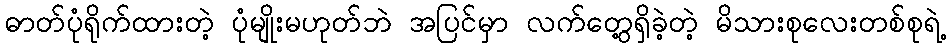
ဓာတ်ပုံရိုက်ထားတဲ့ ပုံမျိုးမဟုတ်ဘဲ အပြင်မှာ လက်တွေ့ရှိခဲ့တဲ့ မိသားစုလေးတစ်စုရဲ့